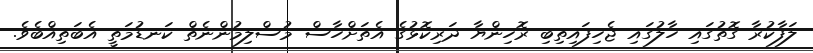
ލަފާކުރާ ގޮތުގައި ހާލުގައި ޖެހިފައިތިބި ރޮހިންޔާ ދަރިކޮޅުގެ އެތަށްހާސް މުސްލިމުންނެތް ކަނޑުމަތީ އެބަތިއްބެވެ.